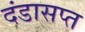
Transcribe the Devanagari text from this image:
दंडासप्त